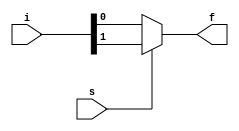
// 2:1 mux using ternory operator

module multiplexer_2_1_ternory(i,s,f);

// ---------- Port Declaration ---------- \\\\
  
  input [1:0]i;
  input s;
  output f;

// ---------- Implementation ---------- \\\\
  
  assign f = ((s==1) ? i[1] : i[0]); //here s==1 means i have put condition if s==1 then true otherwise false, true condition must be first

endmodule